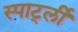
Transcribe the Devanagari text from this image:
स्पार्ट्ली